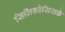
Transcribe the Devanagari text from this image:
सिलिकोसिसके